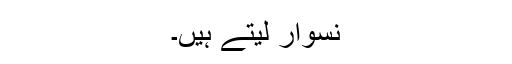
نسوار لیتے ہیں۔